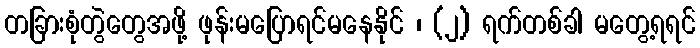
တခြားစုံတွဲတွေအဖို့ ဖုန်းမပြောရင်မနေနိုင် ၊ (၂) ရက်တစ်ခါ မတွေ့ရရင်